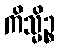
ကိသ္မိဉ္စ